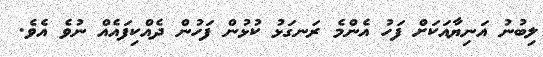
ލިބުނު އަނިޔާއަކަށް ފަހު އެންމެ ރަނގަޅު ކުޅުން ފަހުން ދެއްކިފައެއް ނުވެ އެވެ.